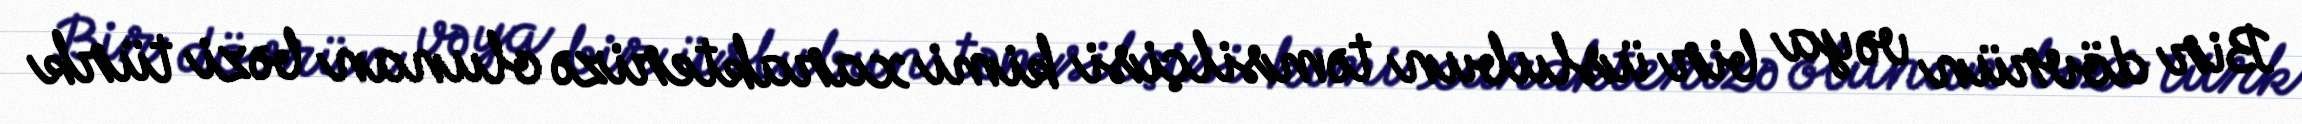
Bir dövrün və ya bir üslubun təmsilçisi kimi xarakterizə olunan bəzi türk